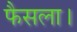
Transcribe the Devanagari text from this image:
फैसला।